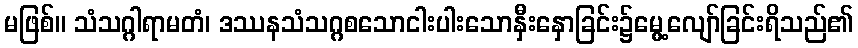
မဖြစ်။ သံသဂ္ဂါရာမတံ၊ ဒဿနသံသဂ္ဂစသောငါးပါးသောနှီးနှောခြင်း၌မွေ့လျော်ခြင်းရိသည်၏